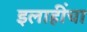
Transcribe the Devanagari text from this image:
इलाहींचा